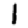
Digit: 1